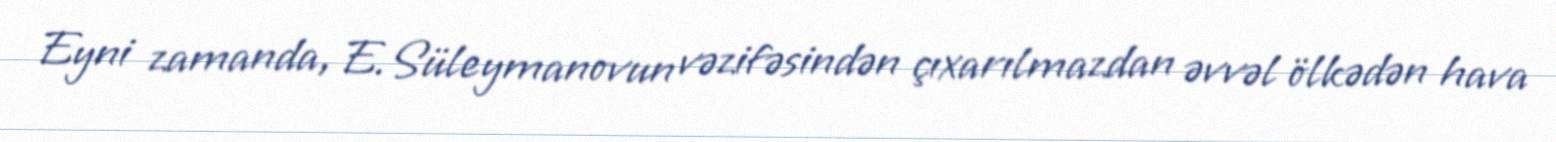
Eyni zamanda, E.Süleymanovun vəzifəsindən çıxarılmazdan əvvəl ölkədən hava